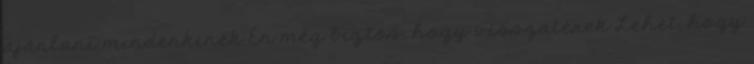
ajánlani mindenkinek Én még biztos, hogy visszatérek Lehet, hogy